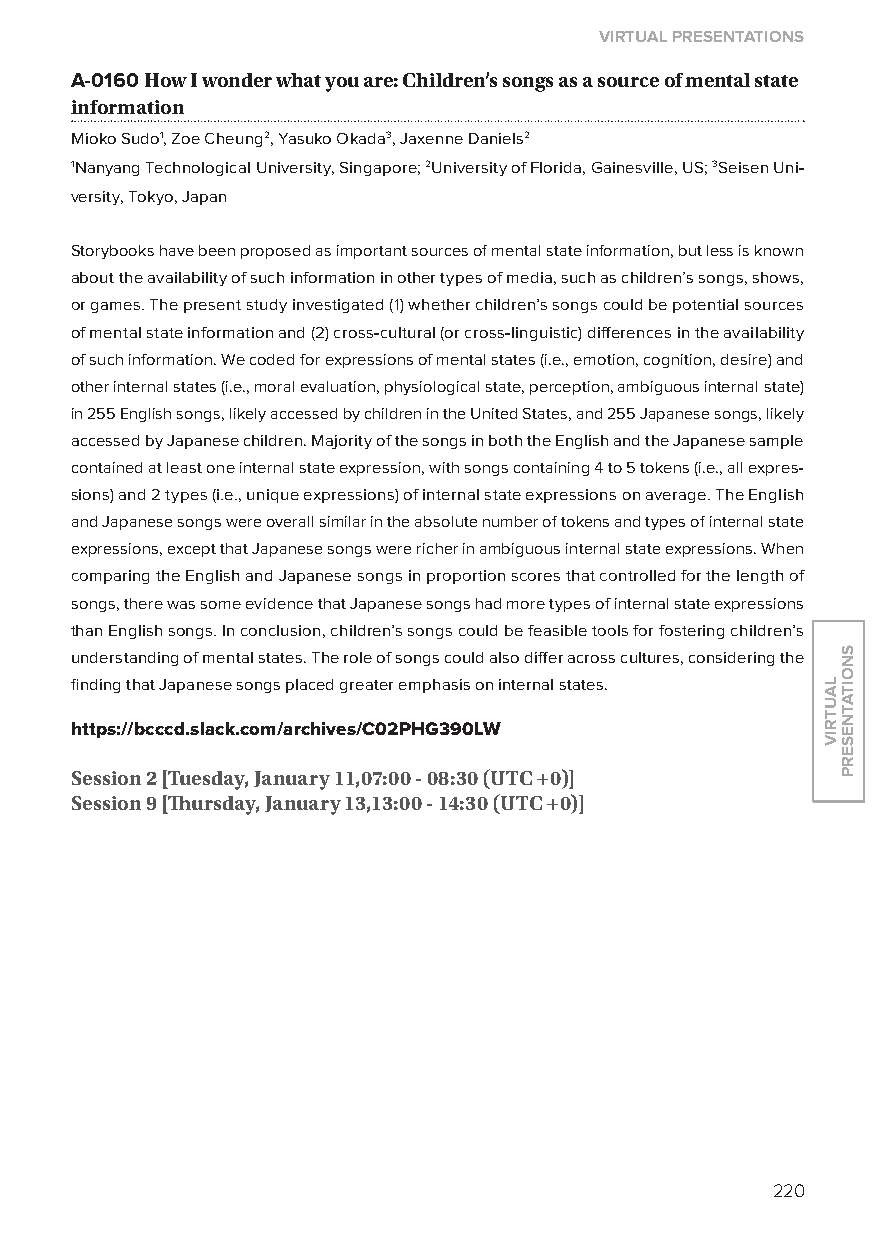
virtual presentations
 A-0160 how i wonder what you are: Children’s songs as a source of mental state
 information
 Mioko Sudo1, Zoe Cheung2, yasuko okada3, Jaxenne Daniels2
 1Nanyang Technological University, Singapore; 2University of Florida, Gainesville, US; 3Seisen Uni-
 versity, Tokyo, Japan
 Storybooks have been proposed as important sources of mental state information, but less is known
 about the availability of such information in other types of media, such as children’s songs, shows,
 or games. The present study investigated (1) whether children’s songs could be potential sources
 of mental state information and (2) cross-cultural (or cross-linguistic) differences in the availability
 of such information. We coded for expressions of mental states (i.e., emotion, cognition, desire) and
 other internal states (i.e., moral evaluation, physiological state, perception, ambiguous internal state)
 in 255 English songs, likely accessed by children in the United States, and 255 Japanese songs, likely
 accessed by Japanese children. Majority of the songs in both the English and the Japanese sample
 contained at least one internal state expression, with songs containing 4 to 5 tokens (i.e., all expres-
 sions) and 2 types (i.e., unique expressions) of internal state expressions on average. The English
 and Japanese songs were overall similar in the absolute number of tokens and types of internal state
 expressions, except that Japanese songs were richer in ambiguous internal state expressions. When
 comparing the English and Japanese songs in proportion scores that controlled for the length of
 songs, there was some evidence that Japanese songs had more types of internal state expressions
 than English songs. In conclusion, children’s songs could be feasible tools for fostering children’s
 understanding of mental states. The role of songs could also differ across cultures, considering the
 finding that Japanese songs placed greater emphasis on internal states.
 https://bcccd.slack.com/archives/C02phG390lW
 session 2 [tuesday, January 11,07:00 - 08:30 (utC +0)]
 session 9 [Thursday, January 13,13:00 - 14:30 (utC +0)]
 220
 lautriv
 snoitatneserp